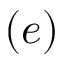
( e )